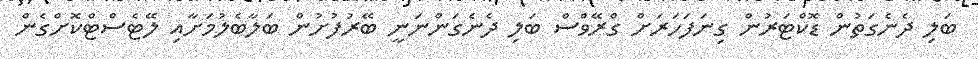
ބަލި ދެނެގަތުން ޑޮކްޓަރުން ގިނަފަހަރަށް ގްރޭވްސް ބަލި ދެނެގަންނަނީ ބޭރުފުށުން ބަލާބެލުމަށާއި ލޭޓެސްޓްކޮށްގެން